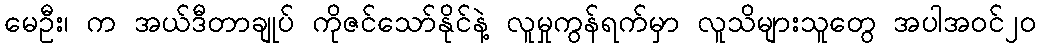
မေဦး၊ က အယ်ဒီတာချုပ် ကိုဇင်သော်နိုင်နဲ့ လူမှုကွန်ရက်မှာ လူသိများသူတွေ အပါအဝင်၂ဝ